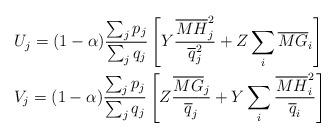
LaTeX: \begin{align*}&U_{j}=(1-\alpha)\frac{\sum_{j}p_{j}}{\sum_{j}q_{j}}\left[ Y\frac{\overline{MH}^{2}_{j}}{\overline{q}^{2}_{j}}+Z\sum_{i}\overline{MG}_{i}\right]\\&V_{j}=(1-\alpha)\frac{\sum_{j}p_{j}}{\sum_{j}q_{j}}\left[ Z\frac{\overline{MG}_{j}}{\overline{q}_{j}}+Y\sum_{i}\frac{\overline{MH}^{2}_{i}}{\overline{q}_{i}}\right]\end{align*}